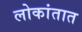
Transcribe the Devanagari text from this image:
लोकांतात